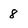
Character: 8